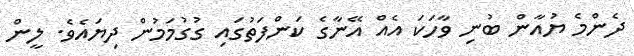
ދެންމެ ޔުއާން ބުނި ވާހަކަ އެއް އޭނާގެ ކަންފަތުގައި ގުގުމަމުން ދިޔައެވެ. ލީން